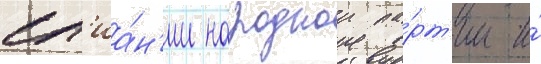
сл'иа́н'ии народнои па́рт'ии и́